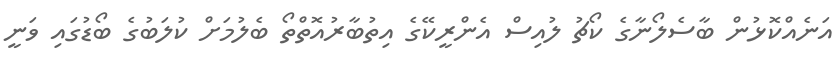
އަނެއްކޮޅުން ބާސެލޯނާގެ ކޯޗު ލުއިސް އެންރީކޭގެ އިތުބާރުއޮތްތޯ ބެލުމަށް ކުލަބުގެ ބޯޑުގައި ވަނީ